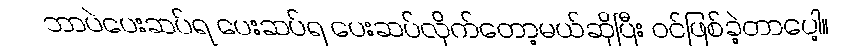
ဘာပဲပေးဆပ်ရ ပေးဆပ်ရ ပေးဆပ်လိုက်တော့မယ်ဆိုပြီး ဝင်ဖြစ်ခဲ့တာပေါ့။